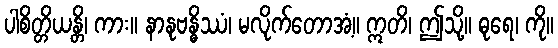
ပါစိတ္တိယန္တိ၊ ကား။ နာနုဗန္ဓိဿံ၊ မလိုက်တောအံ့။ ဣတိ၊ ဤသို့။ ဓုရေ၊ ကို။